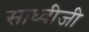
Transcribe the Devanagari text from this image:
साध्वीजी